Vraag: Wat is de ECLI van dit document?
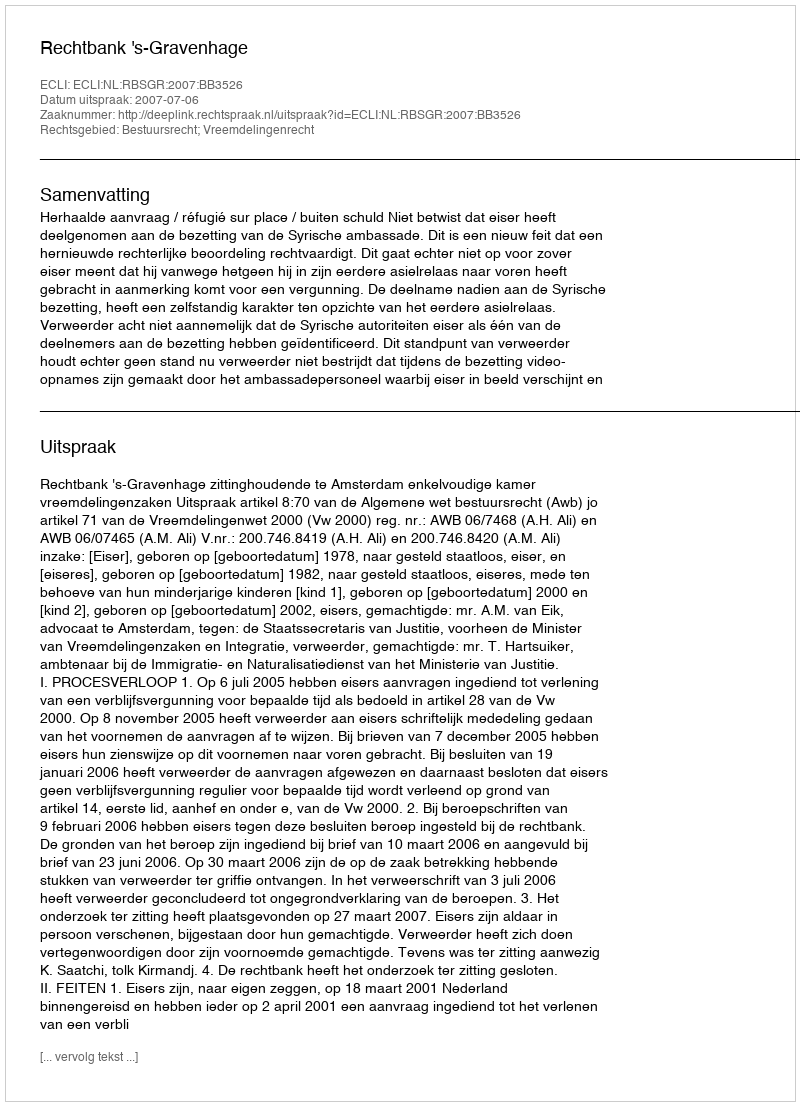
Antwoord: ECLI:NL:RBSGR:2007:BB3526